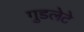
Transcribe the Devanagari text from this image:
गुडलेटे